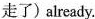
走了)already.